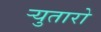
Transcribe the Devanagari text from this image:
र्‍युतारो